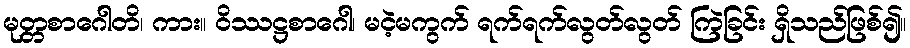
မုတ္တစာဂေါတိ၊ ကား။ ဝိဿဋ္ဌစာဂေါ၊ မငဲ့မကွက် ရက်ရက်လွတ်လွတ် ကြဲခြင်း ရှိသည်ဖြစ်၍။